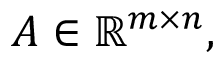
A \in \mathbb { R } ^ { m \times n } ,